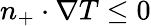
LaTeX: n_{+}\cdot\nabla T\leq 0